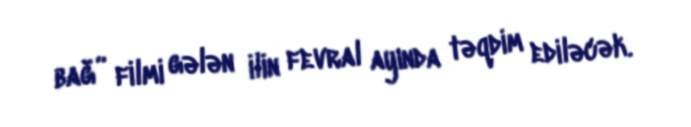
bağ” filmi gələn ilin fevral ayında təqdim ediləcək.